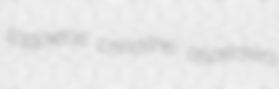
toppiece crinoline aspersers